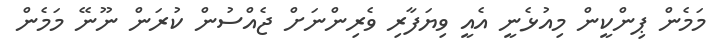
މަމެން ޕިންކީން މިއުޅެނީ އެއީ ވިޔަފާރި ވެރިންނަށް ޖެއްސުން ކުރަން ނޫނޭ މަމެން